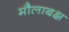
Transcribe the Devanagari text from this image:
मौलाबक्ष